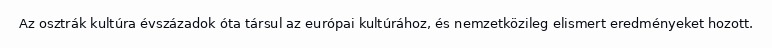
Az osztrák kultúra évszázadok óta társul az európai kultúrához, és nemzetközileg elismert eredményeket hozott.